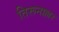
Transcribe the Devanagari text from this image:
तिरूनाल्लर